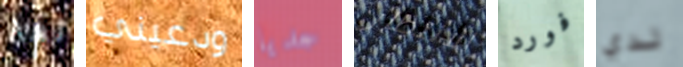
لها ودعيني جديا الانتظار فورد لدي